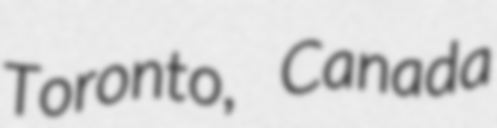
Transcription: Toronto, Canada